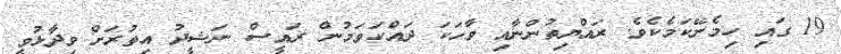
19 ގައި ހިމެނޭކަމެކެވެ. ރައްޔިތުންނާއި ވާހަކަ ދައްކަވަމުން ރައީސް ނަޝީދު އިތުރަށް ވިދާޅުވީ